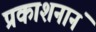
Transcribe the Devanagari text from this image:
प्रकाशनानं